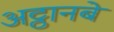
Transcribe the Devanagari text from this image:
अट्ठानबे